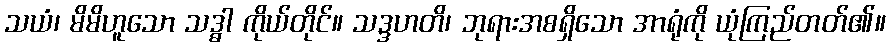
သယံ၊ မိမိဟူသော သဒ္ဓါ ကိုယ်တိုင်။ သဒ္ဒဟတိ၊ ဘုရားအစရှိသော အာရုံကို ယုံကြည်တတ်၏။